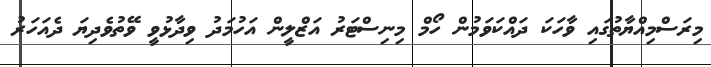
މިރަސްމިއްޔާތުގައި ވާހަކަ ދައްކަވަމުން ހޯމް މިނިސްޓަރު އަޒްލީން އަހުމަދު ވިދާޅުވީ ވޭތުވެދިޔަ ދެއަހަރު